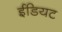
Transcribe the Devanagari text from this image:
ईडियट